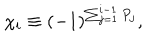
\chi _ { i } \equiv ( - 1 ) ^ { \sum _ { j = 1 } ^ { i - 1 } P _ { j } } ,